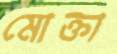
মোক্তা